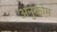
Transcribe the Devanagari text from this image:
अनुकोम